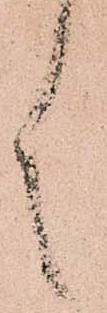
言